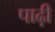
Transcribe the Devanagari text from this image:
पाढ़ी